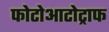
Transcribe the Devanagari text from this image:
फोटोआटोट्राफ